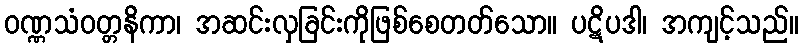
ဝဏ္ဏသံဝတ္တနိကာ၊ အဆင်းလှခြင်းကိုဖြစ်စေတတ်သော။ ပဋိပဒါ၊ အကျင့်သည်။